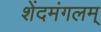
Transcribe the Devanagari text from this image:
शेंदमंगलम्